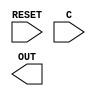
//-----------------------------------------------------------------------------
// BR128 - Bistable Ring PUF 128-bit 
//-----------------------------------------------------------------------------
// dump-vcd: False
// verilator-xinit: zeros
module BR128 
(
  input wire RESET,
  input wire [127:0] C,
  output wire OUT
);
  supply1 VDD;
  supply0 VSS;
  // empty module
  // see lib file
  
endmodule